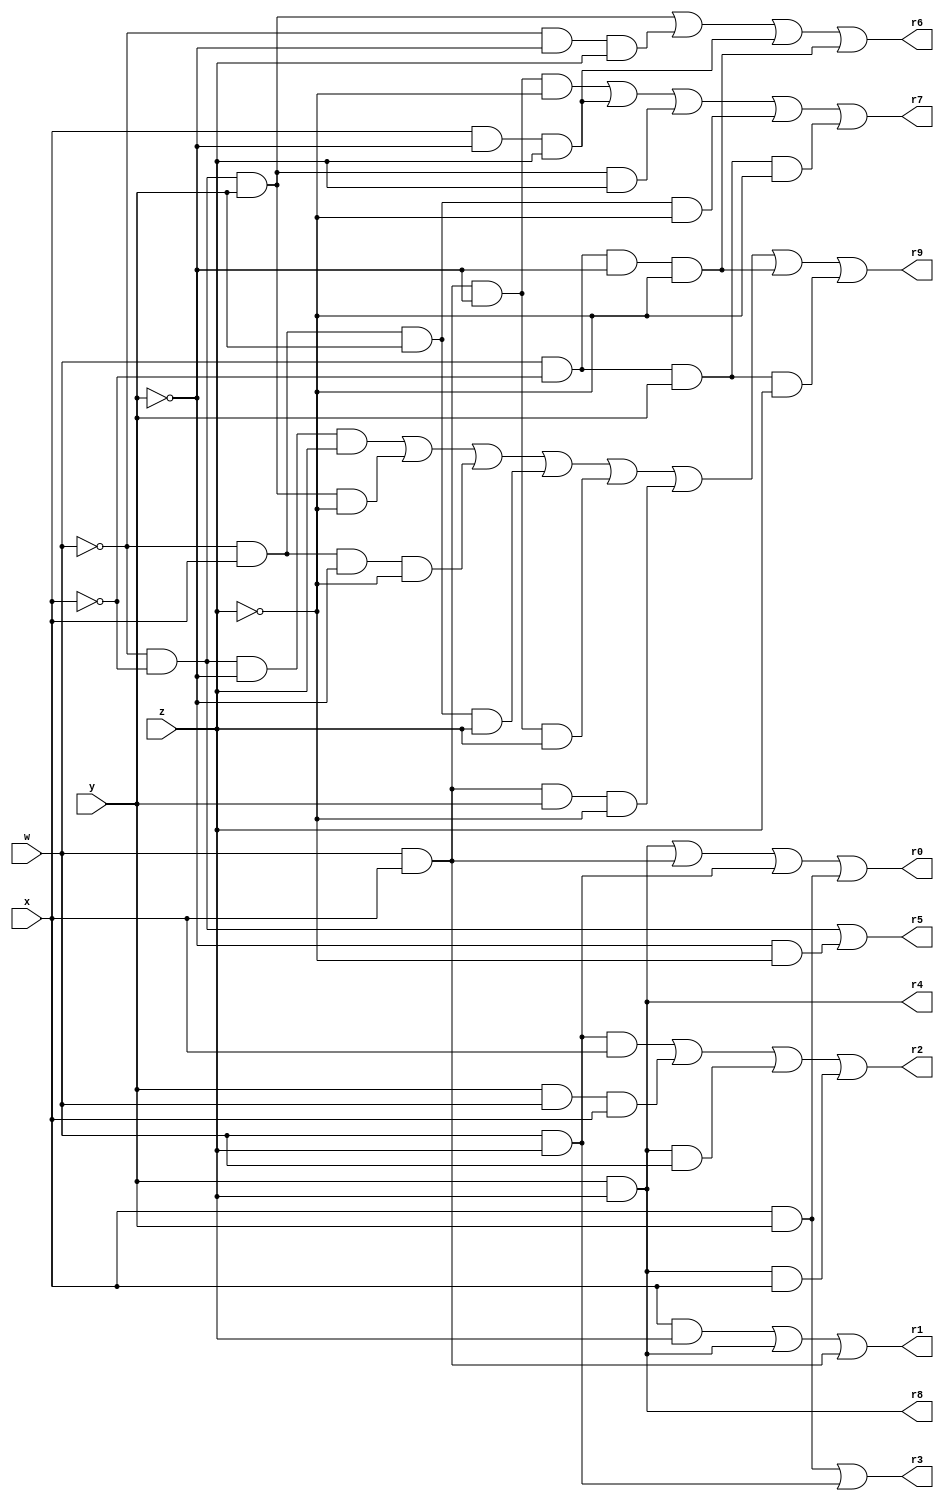
module Breadboard	(w,x,y,z,r0,r1,r2,r3,r4,r5,r6,r7,r8,r9);	//Module Header
input w,x,y,z;                        					//Specify inputs
output r0,r1,r2,r3,r4,r5,r6,r7,r8,r9;                      	 	//Specify outputs
reg r0,r1,r2,r3,r4,r5,r6,r7,r8,r9;                         	  	//Output is a memory area.

always @ ( w,x,y,z,r0,r1,r2,r3,r4,r5,r6,r7,r8,r9) begin      		//Create a set of code that works line by line
                                      					// if the variables are used


//Equations:

//f0= yz+wx+wz+xy
	r0= (y & z) | (w & x) | (w & z) | (x & y);

//f1= xz+yz+wx
	r1= (x & z) | (y & z) | (w & x);

//f2= zwx + ywx + yzw +yzx                                         	//Comment for the formula
	r2= (z & w & x) | (y & w & x) | (y & z & w) | (y & z & x);              //Bitwise operation of the formula

//f3= yx + zw
	r3= (y & x) | (z & w);

//f4= yz
	r4= (y & z);

//f5= w'x'+y'z'
	r5=(!(w) & !(x)) | (!(y) & !(z));

//f6= w'x'y + w'y'z + xy'z + wx'y'z'
	r6= (!(w) & !(x) & y) | (!(w) & !(y) & z) | (x & !(y) & z) | (w & !(x) & !(y) & !(z));

//f7=wxy'z' + xy'z + w'x'yz +w'xyz' + wx'yz'
	r7= (w & x & !(y) & !(z)) | (x & !(y) & z) | (!(w) & !(x) & (y) & z) | ((!w) & (x) & (y) & !(z)) | ((w) & !(x) & (y) & !(z));

//f8= yz
	r8= y & z;
//	1	2	   3		4	5	6.   7		8
//f9= wxyz + wxyz + wxyz + wxyz + wxyz + wxyz + wxyz + wxyz;
	r9= ((!w) & !(x) & !(y) & (z)) | ((!w) & !(x) & (y) & !(z)) | ((!w) & (x) & !(y) & !(z)) | ((!w) & (x) & (y) & (z)) | ((w) & (x) & !(y) & (z)) | ((w) & (x) & (y) & !(z)) | ((w) & !(x) & !(y) & !(z)) | ((w) & !(x) & (y) & (z));
//		1				2			3				4			5			8

end                                   // Finish the Always block

endmodule